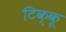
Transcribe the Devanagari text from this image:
टिक्कू